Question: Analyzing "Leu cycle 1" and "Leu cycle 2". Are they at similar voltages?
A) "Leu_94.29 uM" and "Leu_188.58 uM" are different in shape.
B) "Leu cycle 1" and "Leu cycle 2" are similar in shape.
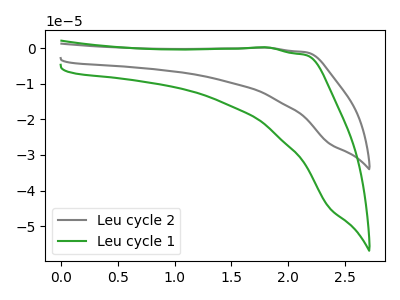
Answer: <think>The gray curve "Leu cycle 2" has no peaks. The green curve "Leu cycle 1" has no peaks.
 Neither "Leu cycle 1" or "Leu cycle 2" have any peaks.</think>
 <answer>B) "Leu cycle 1" and "Leu cycle 2" are similar in shape.</answer>
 <eval>B</eval>